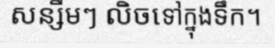
សន្សឹមៗ លិចទៅក្នុងទឹក។